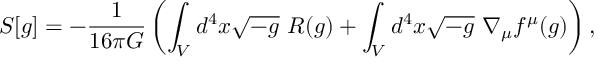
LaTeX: S [ g ] = - \frac { 1 } { 1 6 \pi G } \left( \int _ { V } d ^ { 4 } x \sqrt { - g } ~ R ( g ) + \int _ { V } d ^ { 4 } x \sqrt { - g } ~ \nabla _ { \mu } f ^ { \mu } ( g ) \right) ,